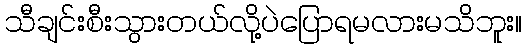
သီချင်းစီးသွားတယ်လို့ပဲပြောရမလားမသိဘူး။